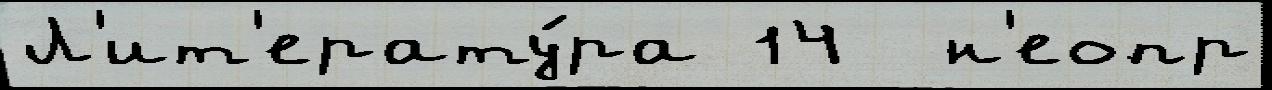
Л'ит'ерату́ра 14  н'еопр